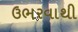
ઉભરવાથી